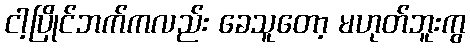
ငါ့ပြိုင်ဘက်ကလည်း ခေသူတော့ မဟုတ်ဘူးကွ